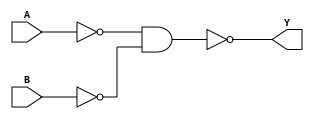
module OR(Y,A,B);
	input A,B;
	output Y;
	wire x,z;
	nand (x,A,A);
	nand (z,B,B);
	nand (Y,x,z);
endmodule

module _16_BIT_OR(Y,A,B);
	input [15:0]A;
	input [15:0]B;
	output [15:0]Y;
	OR or_1[15:0](Y,A,B);
endmodule